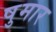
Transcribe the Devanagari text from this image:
षुमार